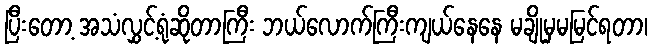
ပြီးတော့ အသံလွှင့်ရုံဆိုတာကြီး ဘယ်လောက်ကြီးကျယ်နေနေ မချိုမှမမြင်ရတာ၊